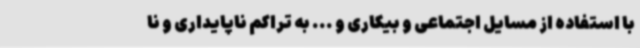
با استفاده از مسایل اجتماعی و بیکاری و ... به تراکم ناپایداری و نا